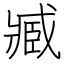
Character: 臧